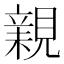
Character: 𧡿